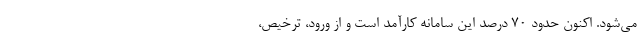
می‌شود. اکنون حدود ۷۰ درصد این سامانه کارآمد است و از ورود، ترخیص،